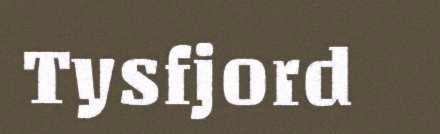
Tysfjord